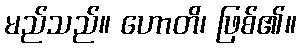
မည်သည်။ ဟောတိ၊ ဖြစ်၏။